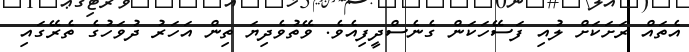
އެތައް ރަށަކަށް ލުއި ފަސޭހަކަން ގެނެސްދީފިއެވެ. ވޭތުވެދިޔަ ތިން އަހަރު ދުވަހުގެ ތެރޭގައި